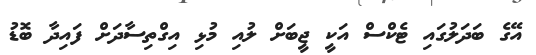
އޭގެ ބަދަލުގައި ޓެކްސް އަކީ ޖީބަށް ލުއި މުޅި އިގްތިސާދަށް ފައިދާ ބޮޑު